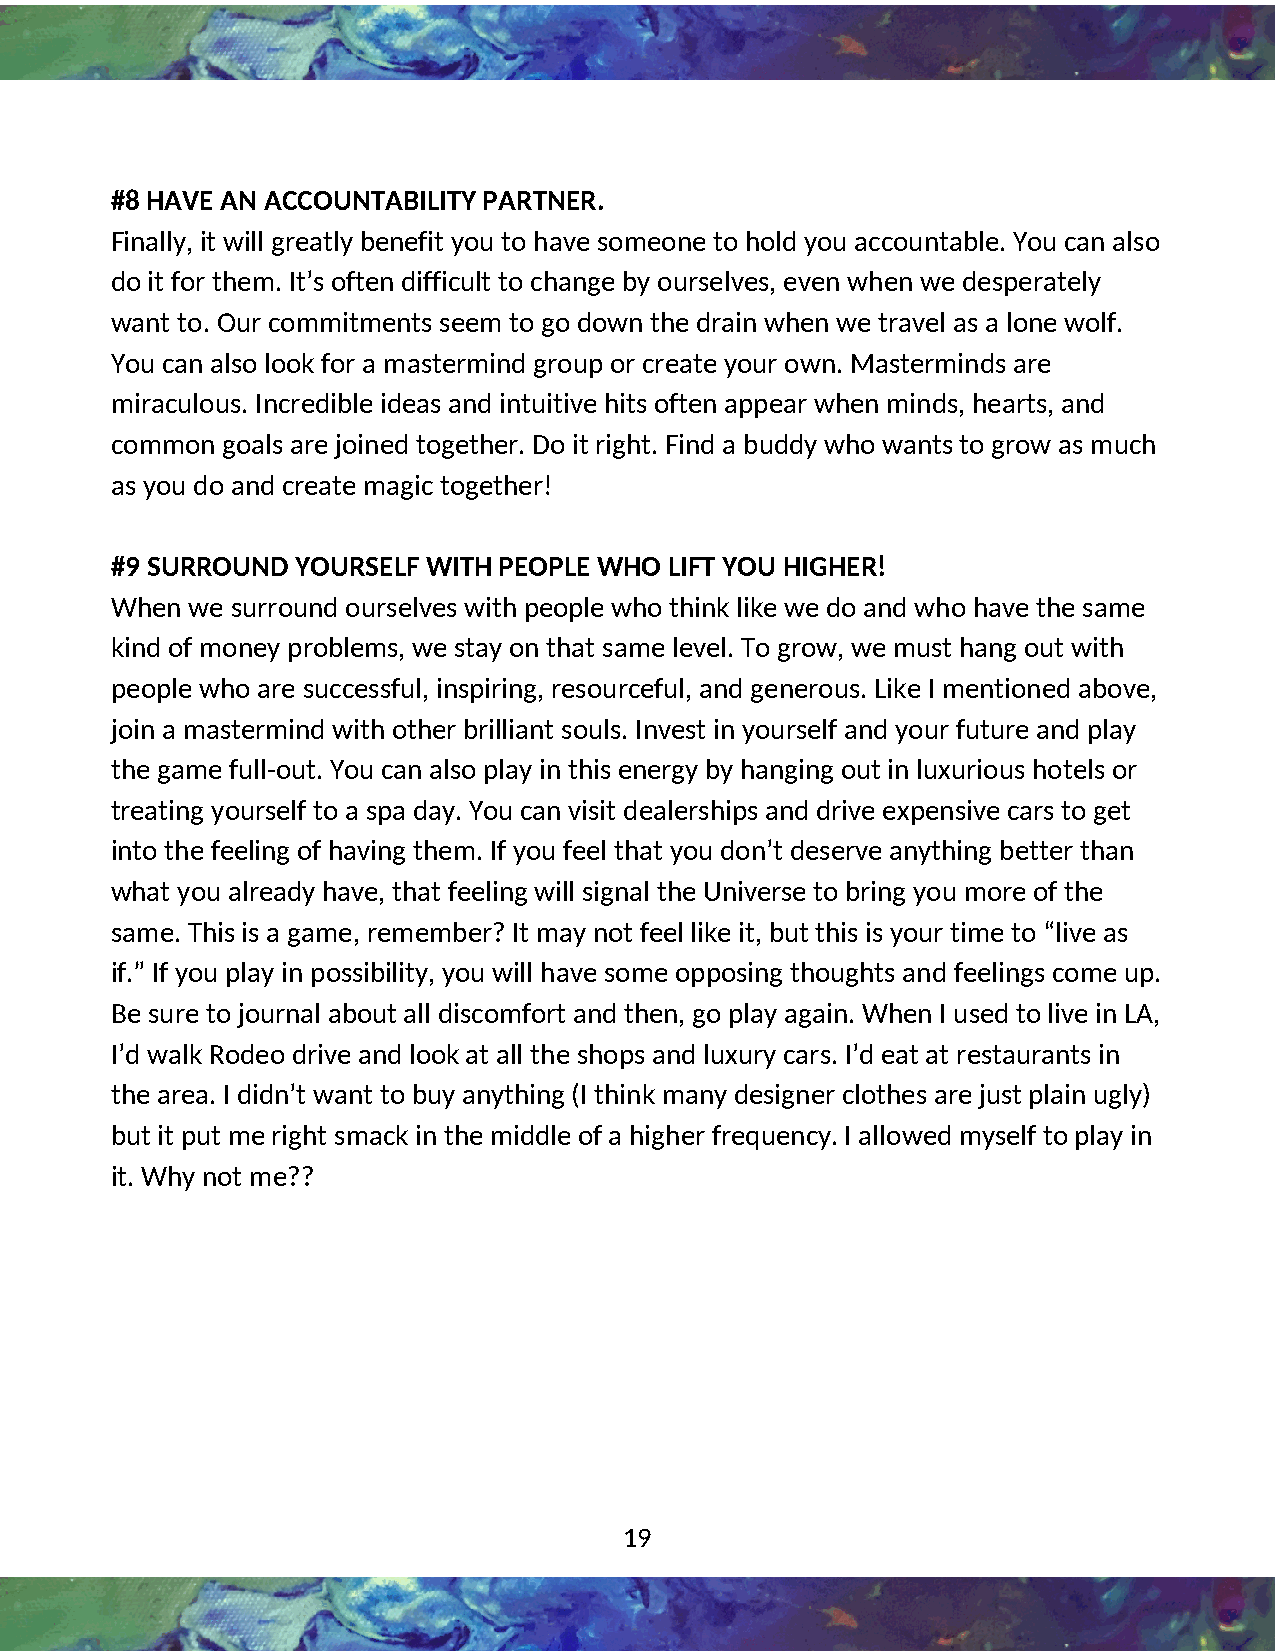
#8 HAVE AN ACCOUNTABILITY PARTNER.
 Finally, it will greatly benefit you to have someone to hold you accountable. You can also
 4
 do it for them. It’s often difficult to change by ourselves, even when we desperately
 want to. Our commitments seem to go down the drain when we travel as a lone wolf.
 You can also look for a mastermind group or create your own. Masterminds are
 miraculous. Incredible ideas and intuitive hits often appear when minds, hearts, and
 common  goals are joined together. Do it right. Find a buddy who wants to grow as much
 as you do and create magic together!
 #9 SURROUND  YOURSELF WITH PEOPLE WHO LIFT YOU HIGHER!
 When we surround ourselves with people who think like we do and who have the same
 kind of money problems, we stay on that same level. To grow, we must hang out with
 people who are successful, inspiring, resourceful, and generous. Like I mentioned above,
 join a mastermind with other brilliant souls. Invest in yourself and your future and play
 the game full-out. You can also play in this energy by hanging out in luxurious hotels or
 treating yourself to a spa day. You can visit dealerships and drive expensive cars to get
 into the feeling of having them. If you feel that you don’t deserve anything better than
 what you already have, that feeling will signal the Universe to bring you more of the
 same. This is a game, remember? It may not feel like it, but this is your time to “live as
 if.” If you play in possibility, you will have some opposing thoughts and feelings come up.
 Be sure to journal about all discomfort and then, go play again. When I used to live in LA,
 I’d walk Rodeo drive and look at all the shops and luxury cars. I’d eat at restaurants in
 the area. I didn’t want to buy anything (I think many designer clothes are just plain ugly)
 but it put me right smack in the middle of a higher frequency. I allowed myself to play in
 it. Why not me??
 19